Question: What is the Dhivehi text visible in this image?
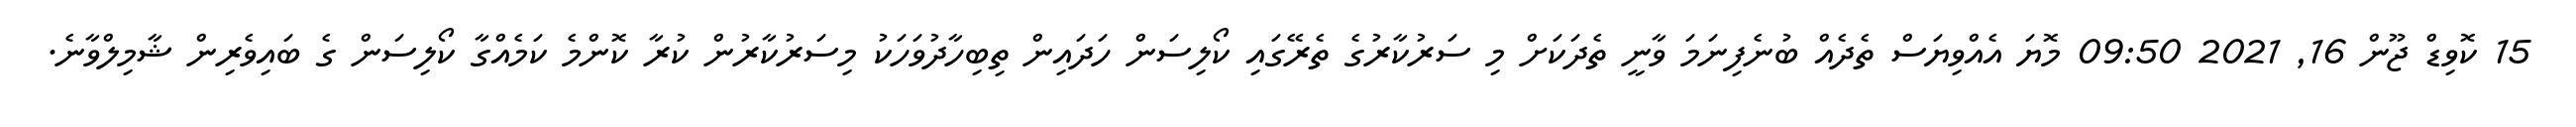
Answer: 15 ކޮވިޑް ޖޫން 16, 2021 09:50 މޮޔަ އެއްވިޔަސް ތެދެއް ބުނެފިނަމަ ވާނީ ތެދަކަށް މި ސަރުކާރުގެ ތެރޭގައި ކޯލިސަން ހަދައިން ތިބިހާދުވަހަކު މިސަރުކާރުން ކުރާ ކޮންމެ ކަމެއްގާ ކޯލިސަން ގެ ބައިވެރިން ޝާމިލްވާނެ.